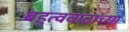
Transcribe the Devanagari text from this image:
बहुत्ववादाच्या